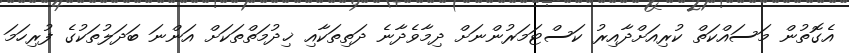
އެގޮތުން މަސައްކަތް ކުރިއަށްދާއިރު ކަސްޓަމަރުންނަށް ދިމާވެދާނެ ދަތިތަކާއި ޚިދުމަތްތަކަށް އަންނަ ބަދަލުތަކުގެ ފުރިހަމަ